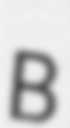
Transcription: B